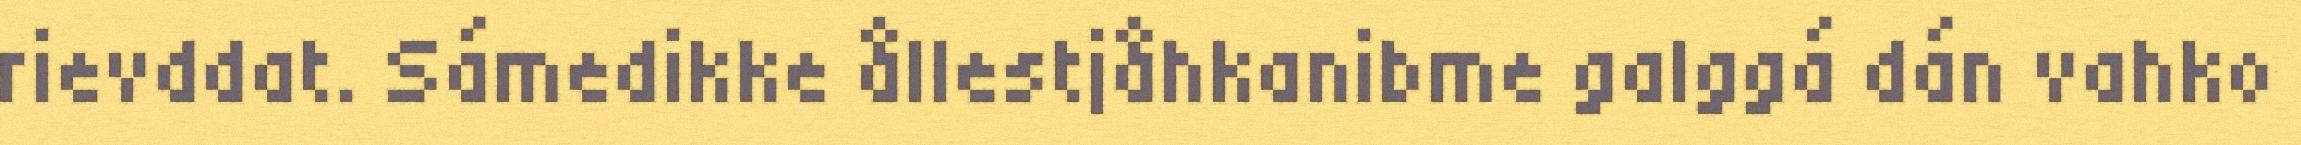
rievddat. Sámedikke ållestjåhkanibme galggá dán vahko